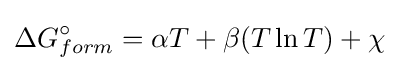
\Delta G_{form}^{\circ }=\alpha T+\beta (T\ln T)+\chi